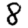
Digit: 8